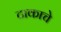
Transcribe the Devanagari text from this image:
टाकाचे